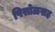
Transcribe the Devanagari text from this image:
पिसोळसह